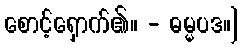
စောင့်ရှောက်၏။ - ဓမ္မပဒ။]